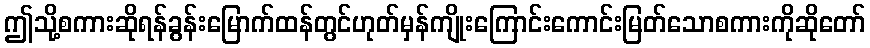
ဤသို့စကားဆိုရန်ခွန်းမြောက်ထန်တွင်ဟုတ်မှန်ကျိုးကြောင်းကောင်းမြတ်သောစကားကိုဆိုတော်